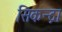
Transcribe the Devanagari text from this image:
सिकन्द्रा